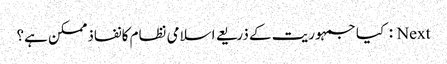
Next : کیا جمہوریت کے ذریعے اسلامی نظام کانفاذممکن ہے؟